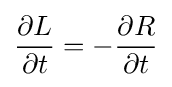
{\frac {\partial L}{\partial t}}=-{\frac {\partial R}{\partial t}}